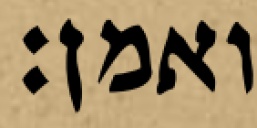
ואמן: